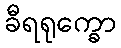
ခီရရုက္ခော